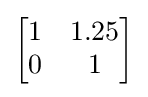
{\begin{bmatrix}1&1.25\\0&1\end{bmatrix}}